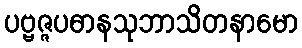
ပဗ္ဗဇ္ဇပဓာနသုဘာသိတနာမော